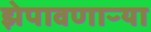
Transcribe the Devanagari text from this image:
झेपावणाऱ्या